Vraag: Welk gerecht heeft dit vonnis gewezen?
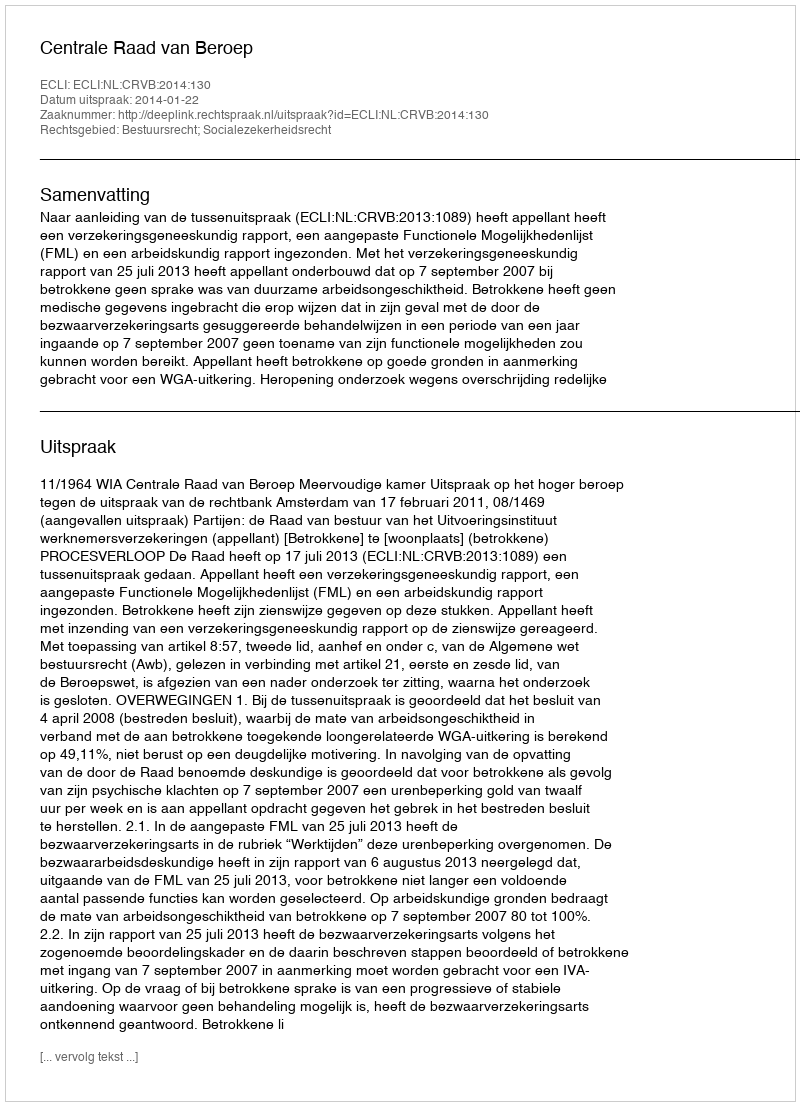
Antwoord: Centrale Raad van Beroep